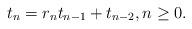
LaTeX: \begin{align*} t_{n}=r_{n}t_{n-1}+t_{n-2}, n\geq 0.\end{align*}